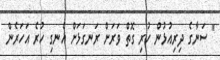
" ސަނާގެ ދިރިއުޅުން ހުރި ގޮތް ވަރަށް ރަނގަޅަށް އެނގި ހުރެ އަހަރެން